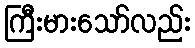
ကြီးမားသော်လည်း